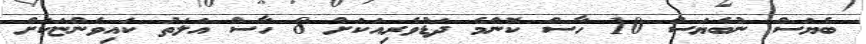
ބެޔަސް ނުބެޔަސް 10 ހާސް ކޮންމެ ދަޑުވެރިއަކަށް 8 ހާސް އަލަތު ކައިވެންޏަކަށް